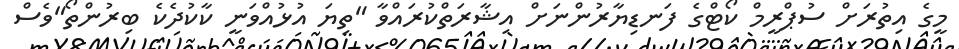
މީގެ އިތުރަށް ސުޕްރީމް ކޯޓްގެ ފަނޑިޔާރުންނަށް އިޝާރަތްކުރައްވާ "ތިޔަ އުޅުއްވަނީ ކާކުދެކެ ބިރުންތޯ"ވެސް